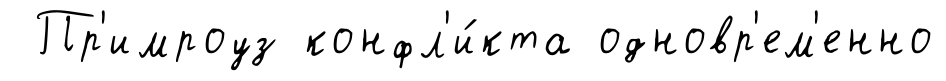
Пр'имроуз конфл'и́кта одновр'ем'енно